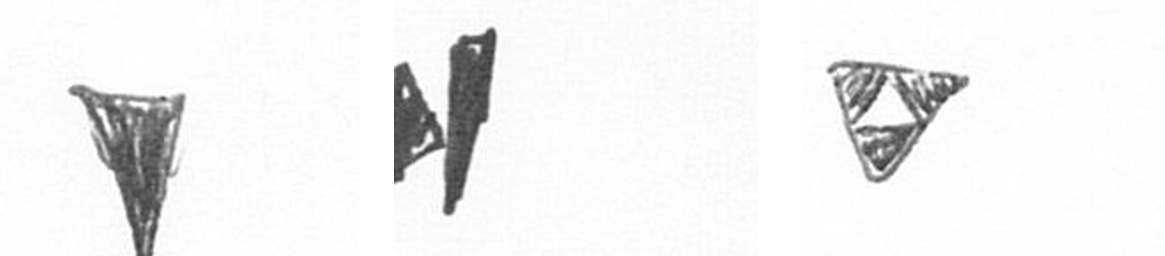
J M S